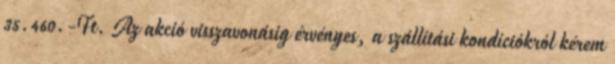
35.460.-Ft. Az akció visszavonásig érvényes, a szállítási kondíciókról kérem